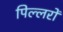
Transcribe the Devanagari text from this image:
पिल्लरों